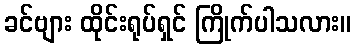
ခင်ဗျား ထိုင်းရုပ်ရှင် ကြိုက်ပါသလား။